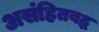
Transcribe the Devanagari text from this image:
असंहितबद्ध